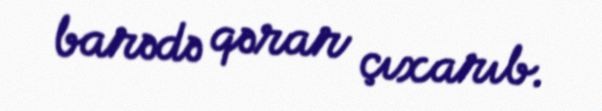
barədə qərar çıxarıb.